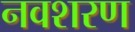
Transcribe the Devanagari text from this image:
नवशरण